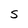
Character: S